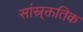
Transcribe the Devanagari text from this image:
सांस्र्क्ततिक